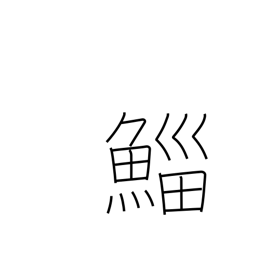
Meaning: mullet (fish)